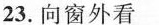
23.向窗外看